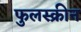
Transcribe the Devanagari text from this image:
फुलस्क्रीन